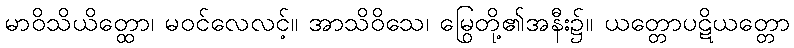
မာဝိသိယိတ္ထော၊ မဝင်လေလင့်။ အာသိဝိသေ၊ မြွေတို့၏အနီး၌။ ယတ္တောပဋိယတ္တော